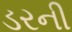
ડરની